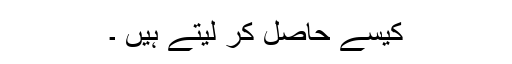
کیسے حاصل کر لیتے ہیں ۔